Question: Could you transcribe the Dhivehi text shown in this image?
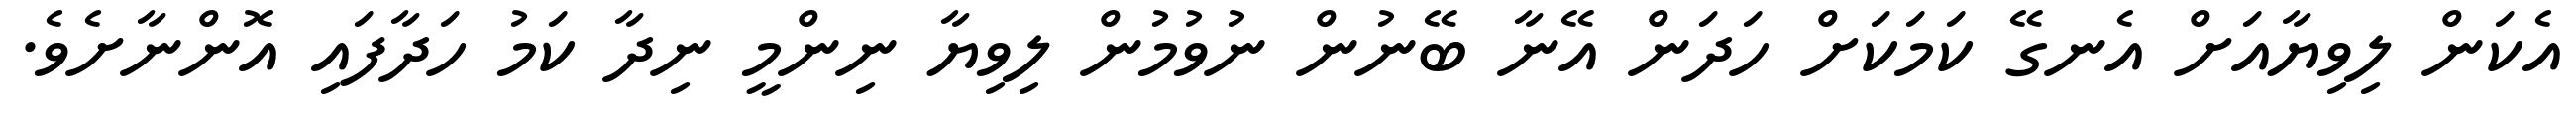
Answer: އެކަން ލިވިޔާއަށް އެނގޭ ކަމަކަށް ހަދަން އޭނާ ބޭނުން ނުވުމުން ލިވިޔާ ނިންމީ ނިދާ ކަމު ހަދާފައި އޮންނާށެވެ.